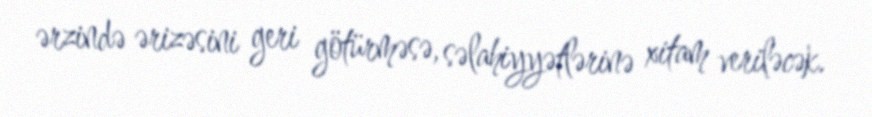
ərzində ərizəsini geri götürməsə, səlahiyyətlərinə xitam veriləcək.